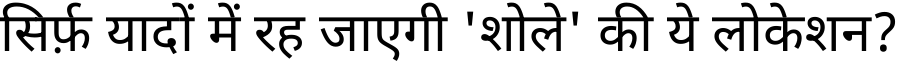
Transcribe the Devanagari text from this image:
सिर्फ़ यादों में रह जाएगी 'शोले' की ये लोकेशन?